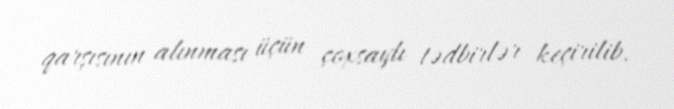
qarşısının alınması üçün çoxsaylı tədbirlər keçirilib.